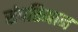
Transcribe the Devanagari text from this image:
संपत्तिमान